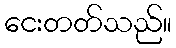
ငေးတတ်သည်။